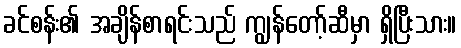
ခင်စန်း၏ အချိန်စာရင်းသည် ကျွန်တော့်ဆီမှာ ရှိပြီးသား။